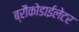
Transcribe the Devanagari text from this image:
ब्रौंकोडाईलेटर